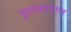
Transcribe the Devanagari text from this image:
पुरस्कारपात्र